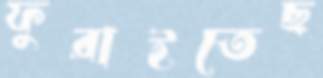
ফুরাইতেছ